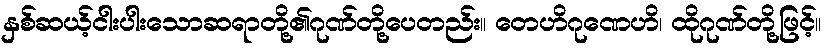
နှစ်ဆယ့်ငါးပါးသောဆရာတို့၏ဂုဏ်တို့ပေတည်း။ တေဟိဂုဏေဟိ၊ ထိုဂုဏ်တို့ဖြင့်။